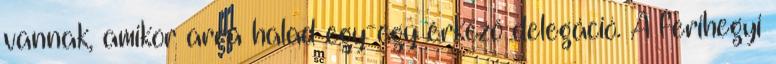
vannak, amikor arra halad egy-egy érkező delegáció. A ferihegyi